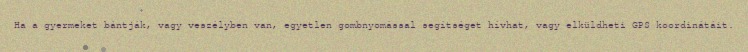
Ha a gyermeket bántják, vagy veszélyben van, egyetlen gombnyomással segítséget hívhat, vagy elküldheti GPS koordinátáit.